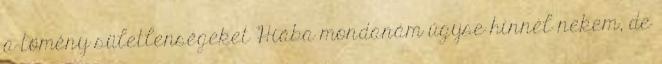
a tömény sületlenségeket Hiába mondanám úgyse hinnél nekem, de